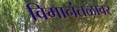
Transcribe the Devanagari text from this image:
विमानंतळावर